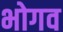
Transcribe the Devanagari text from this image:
भोगव